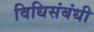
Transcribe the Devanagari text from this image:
विधिसंबंधी